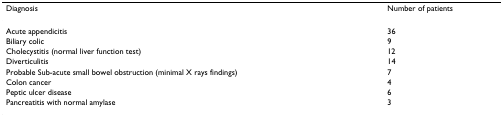
| Diagnosis | Number of patients |
 | --- | --- |
 | Acute appendicitis | 36 |
 | Biliary colic | 9 |
 | Cholecystitis (normal liver function test) | 12 |
 | Diverticulitis | 14 |
 | Probable Sub-acute small bowel obstruction (minimal X rays findings) | 7 |
 | Colon cancer | 4 |
 | Peptic ulcer disease | 6 |
 | Pancreatitis with normal amylase | 3 |